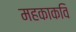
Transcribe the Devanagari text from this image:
महकाकवि